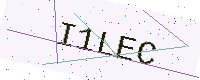
Text: I1LEC